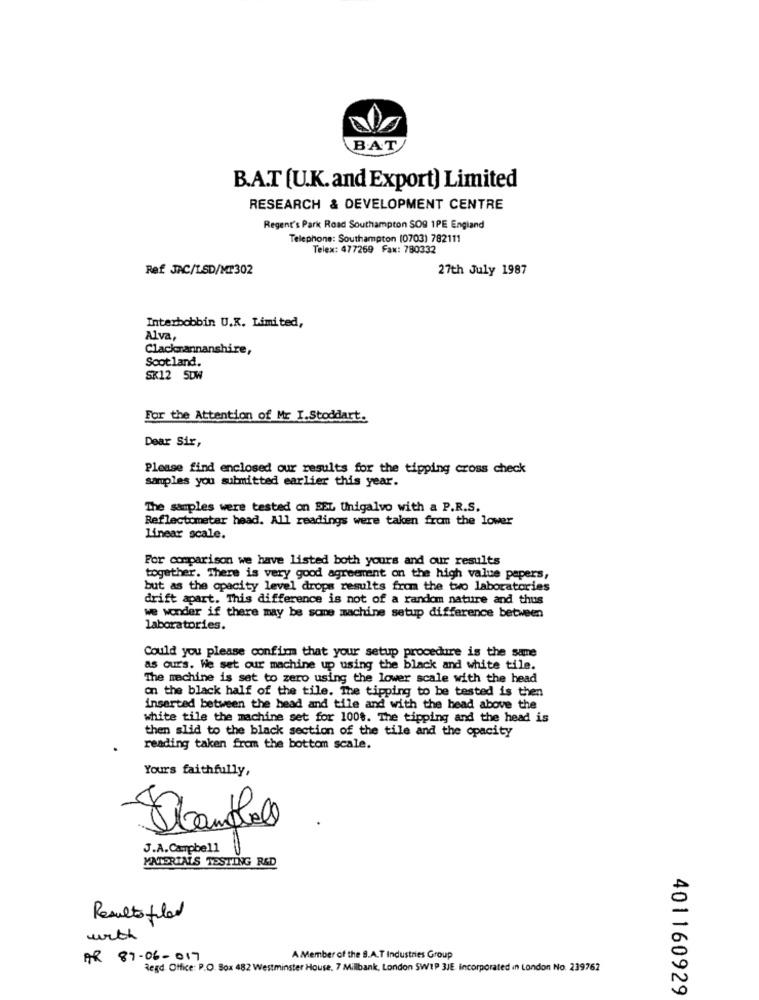
BAT
B.A.T (U.K.and Export) Limited
RESEARCH & DEVELOPMENT CENTRE
Regent's Park Road Southampton SOG 1PE England
Telephone: Southampton (0703) 782111
Telex: 477269 Fax: 780332
Ref JAC/LSD/M2302
27th July 1987
Interbobbin U.K. Limited,
Alva
Clackrannanshire,
Scotland.
SK12 SDW
For the Attention of Mr I.Stoddart.
Dear Sir,
Please find enclosed our results for the tipping cross check
samples you submitted earlier this year.
The samples were tested on BEL Unigalvo with a P.R.S.
Reflectometer head. All readings were taken from the lower
Linear scale.
For comparison we have listed both yours and our results
together. There is very good agreement on the high value papers,
but as the opacity level drops results from the two laboratories
drift apart. This difference is not of a random nature and thus
we wonder if there may be some machine setup difference between
laboratories.
Could you please confirm that your setup procedure is the same
as ours. We set our machine up using the black and white tile.
The machine is set to zero using the lower scale with the head
on the black half of the tile. The tipping to be tested is then
inserted between the head and tile and with the head above the
white tile the machine set for 1008. The tipping and the head is
then slid to the black section of the tile and the opacity
reading taken from the bottom scale.
Yours faithfully,
J.A.Campbell
MATERIALS TESTING R&D
Results filed
with
AR 87-06-017
A Member of the S.A.T Industries Group
Regd. Office: P.O. Box 482 Westminster House, 7 Milbank, London SWIP 3JE, incorporated in London No. 239762
401160929